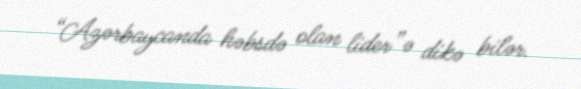
“Azərbaycanda həbsdə olan lider”ə dikə bilər.